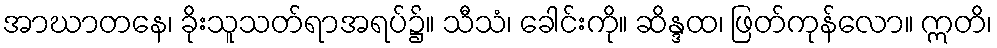
အာဃာတနေ၊ ခိုးသူသတ်ရာအရပ်၌။ သီသံ၊ ခေါင်းကို။ ဆိန္ဒထ၊ ဖြတ်ကုန်လော။ ဣတိ၊